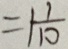
= 1 \frac { 1 } { 1 0 }